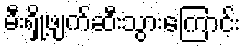
မီးရှို့ဖျက်ဆီးသွားကြောင်း